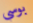
بوسي